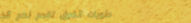
حلويات الشرق تقدم لكم ألذ